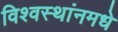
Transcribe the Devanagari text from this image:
विश्वस्थांनमधे